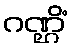
ဂဏ္ဌိံ